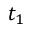
t _ { 1 }